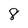
Character: 8